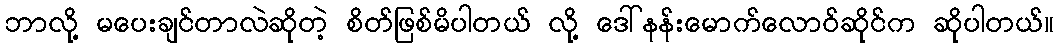
ဘာလို့ မပေးချင်တာလဲဆိုတဲ့ စိတ်ဖြစ်မိပါတယ် လို့ ဒေါ်နန်းမောက်လောဝ်ဆိုင်က ဆိုပါတယ်။